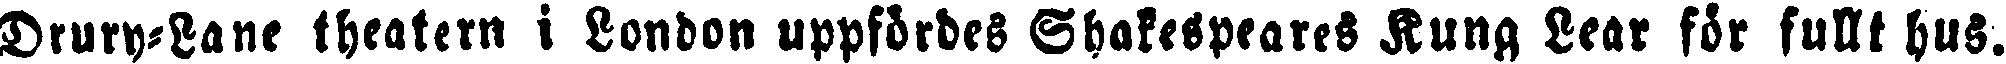
Drury-Lane theatern i London uppfördes Shakespeares Kung Lear för fullt hus.